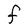
Character: F